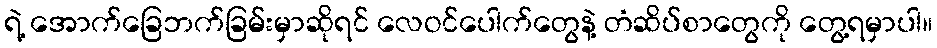
ရဲ့ အောက်ခြေဘက်ခြမ်းမှာဆိုရင် လေဝင်ပေါက်တွေနဲ့ တံဆိပ်စာတွေကို တွေ့ရမှာပါ။